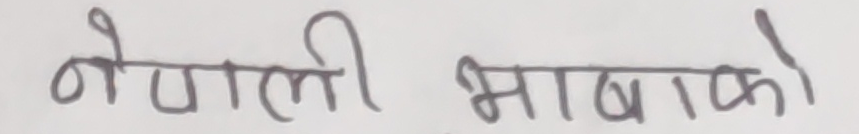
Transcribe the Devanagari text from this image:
नेपाली भावको